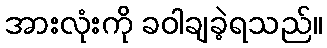
အားလုံးကို ခဝါချခဲ့ရသည်။